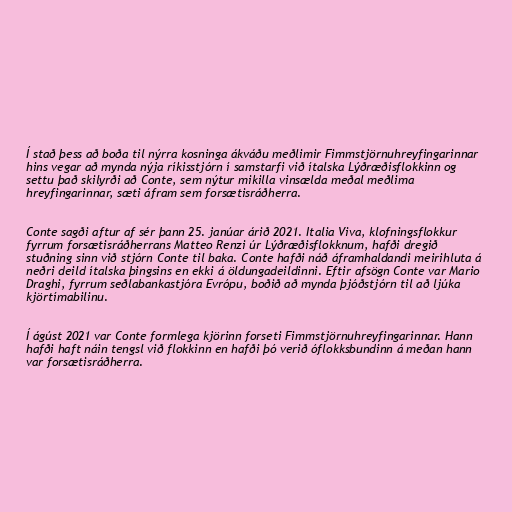
Í stað þess að boða til nýrra kosninga ákváðu meðlimir Fimmstjörnuhreyfingarinnar
hins vegar að mynda nýja ríkisstjórn í samstarfi við ítalska Lýðræðisflokkinn og
settu það skilyrði að Conte, sem nýtur mikilla vinsælda meðal meðlima
hreyfingarinnar, sæti áfram sem forsætisráðherra.

Conte sagði aftur af sér þann 25. janúar árið 2021. Italia Viva, klofningsflokkur
fyrrum forsætisráðherrans Matteo Renzi úr Lýðræðisflokknum, hafði dregið
stuðning sinn við stjórn Conte til baka. Conte hafði náð áframhaldandi meirihluta á
neðri deild ítalska þingsins en ekki á öldungadeildinni. Eftir afsögn Conte var Mario
Draghi, fyrrum seðlabankastjóra Evrópu, boðið að mynda þjóðstjórn til að ljúka
kjörtímabilinu.

Í ágúst 2021 var Conte formlega kjörinn forseti Fimmstjörnuhreyfingarinnar. Hann
hafði haft náin tengsl við flokkinn en hafði þó verið óflokksbundinn á meðan hann
var forsætisráðherra.